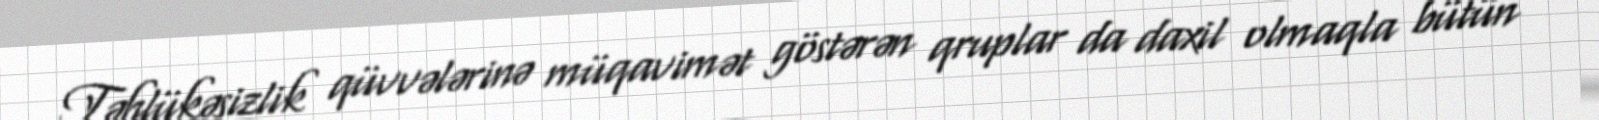
Təhlükəsizlik qüvvələrinə müqavimət göstərən qruplar da daxil olmaqla bütün